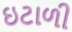
ઇટાળી